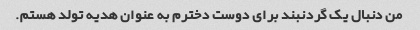
من دنبال یک گردنبند برای دوست دخترم به عنوان هدیه تولد هستم.